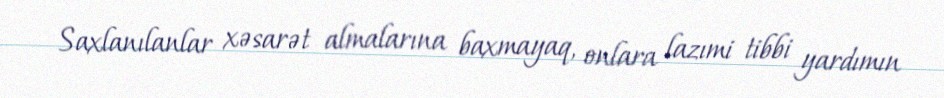
Saxlanılanlar xəsarət almalarına baxmayaq, onlara lazımi tibbi yardımın